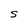
Character: S